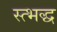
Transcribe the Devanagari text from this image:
स्त्भद्ध